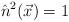
LaTeX: \begin{align*}\hat{n}^{2}(\vec{x})=1\end{align*}